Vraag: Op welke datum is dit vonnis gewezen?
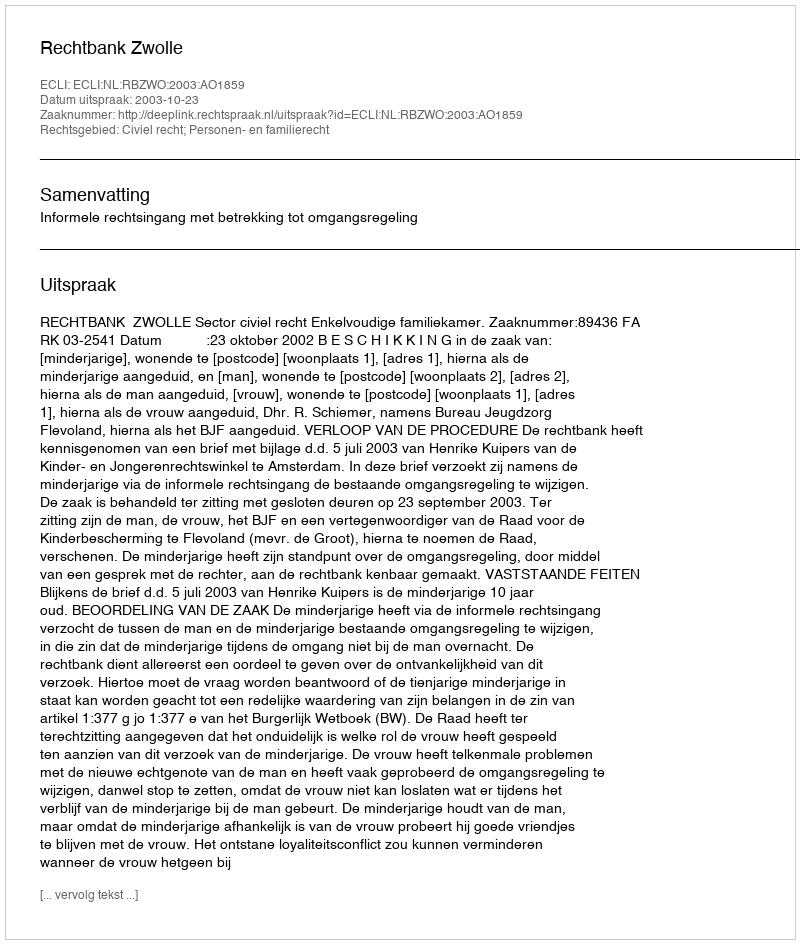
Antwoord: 2003-10-23